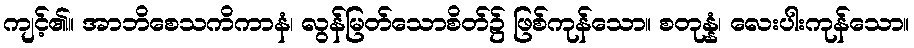
ကျင့်၏။ အာဘိစေသကိကာနံ၊ လွန်မြတ်သောစိတ်၌ ဖြစ်ကုန်သော။ စတုန္နံ၊ လေးပါးကုန်သော။